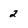
Character: 2